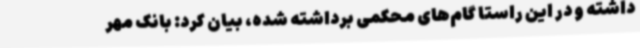
داشته و در این راستا گام‌های محکمی برداشته شده، بیان کرد: بانک مهر